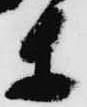
等